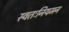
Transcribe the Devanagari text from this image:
स्वतःनियमन